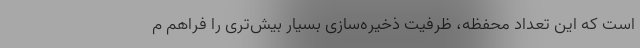
است که این تعداد محفظه، ظرفیت ذخیره‌سازی بسیار بیش‌تری را فراهم م